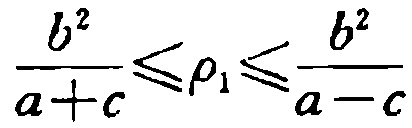
\frac{b^{2}}{a + c}\leqslant\rho_{1}\leqslant\frac{b^{2}}{a - c}